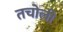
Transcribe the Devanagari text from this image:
तचोली